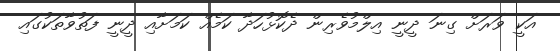
އަކީ ވަރަށް ގިނަ ދީނީ އިލްމުވެރިން ދެކޮޅުހަދާ ކަމެއް ކަމަށާއި ދީނީ ފަތުވާތަކުގައި